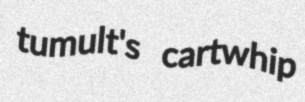
tumult's cartwhip